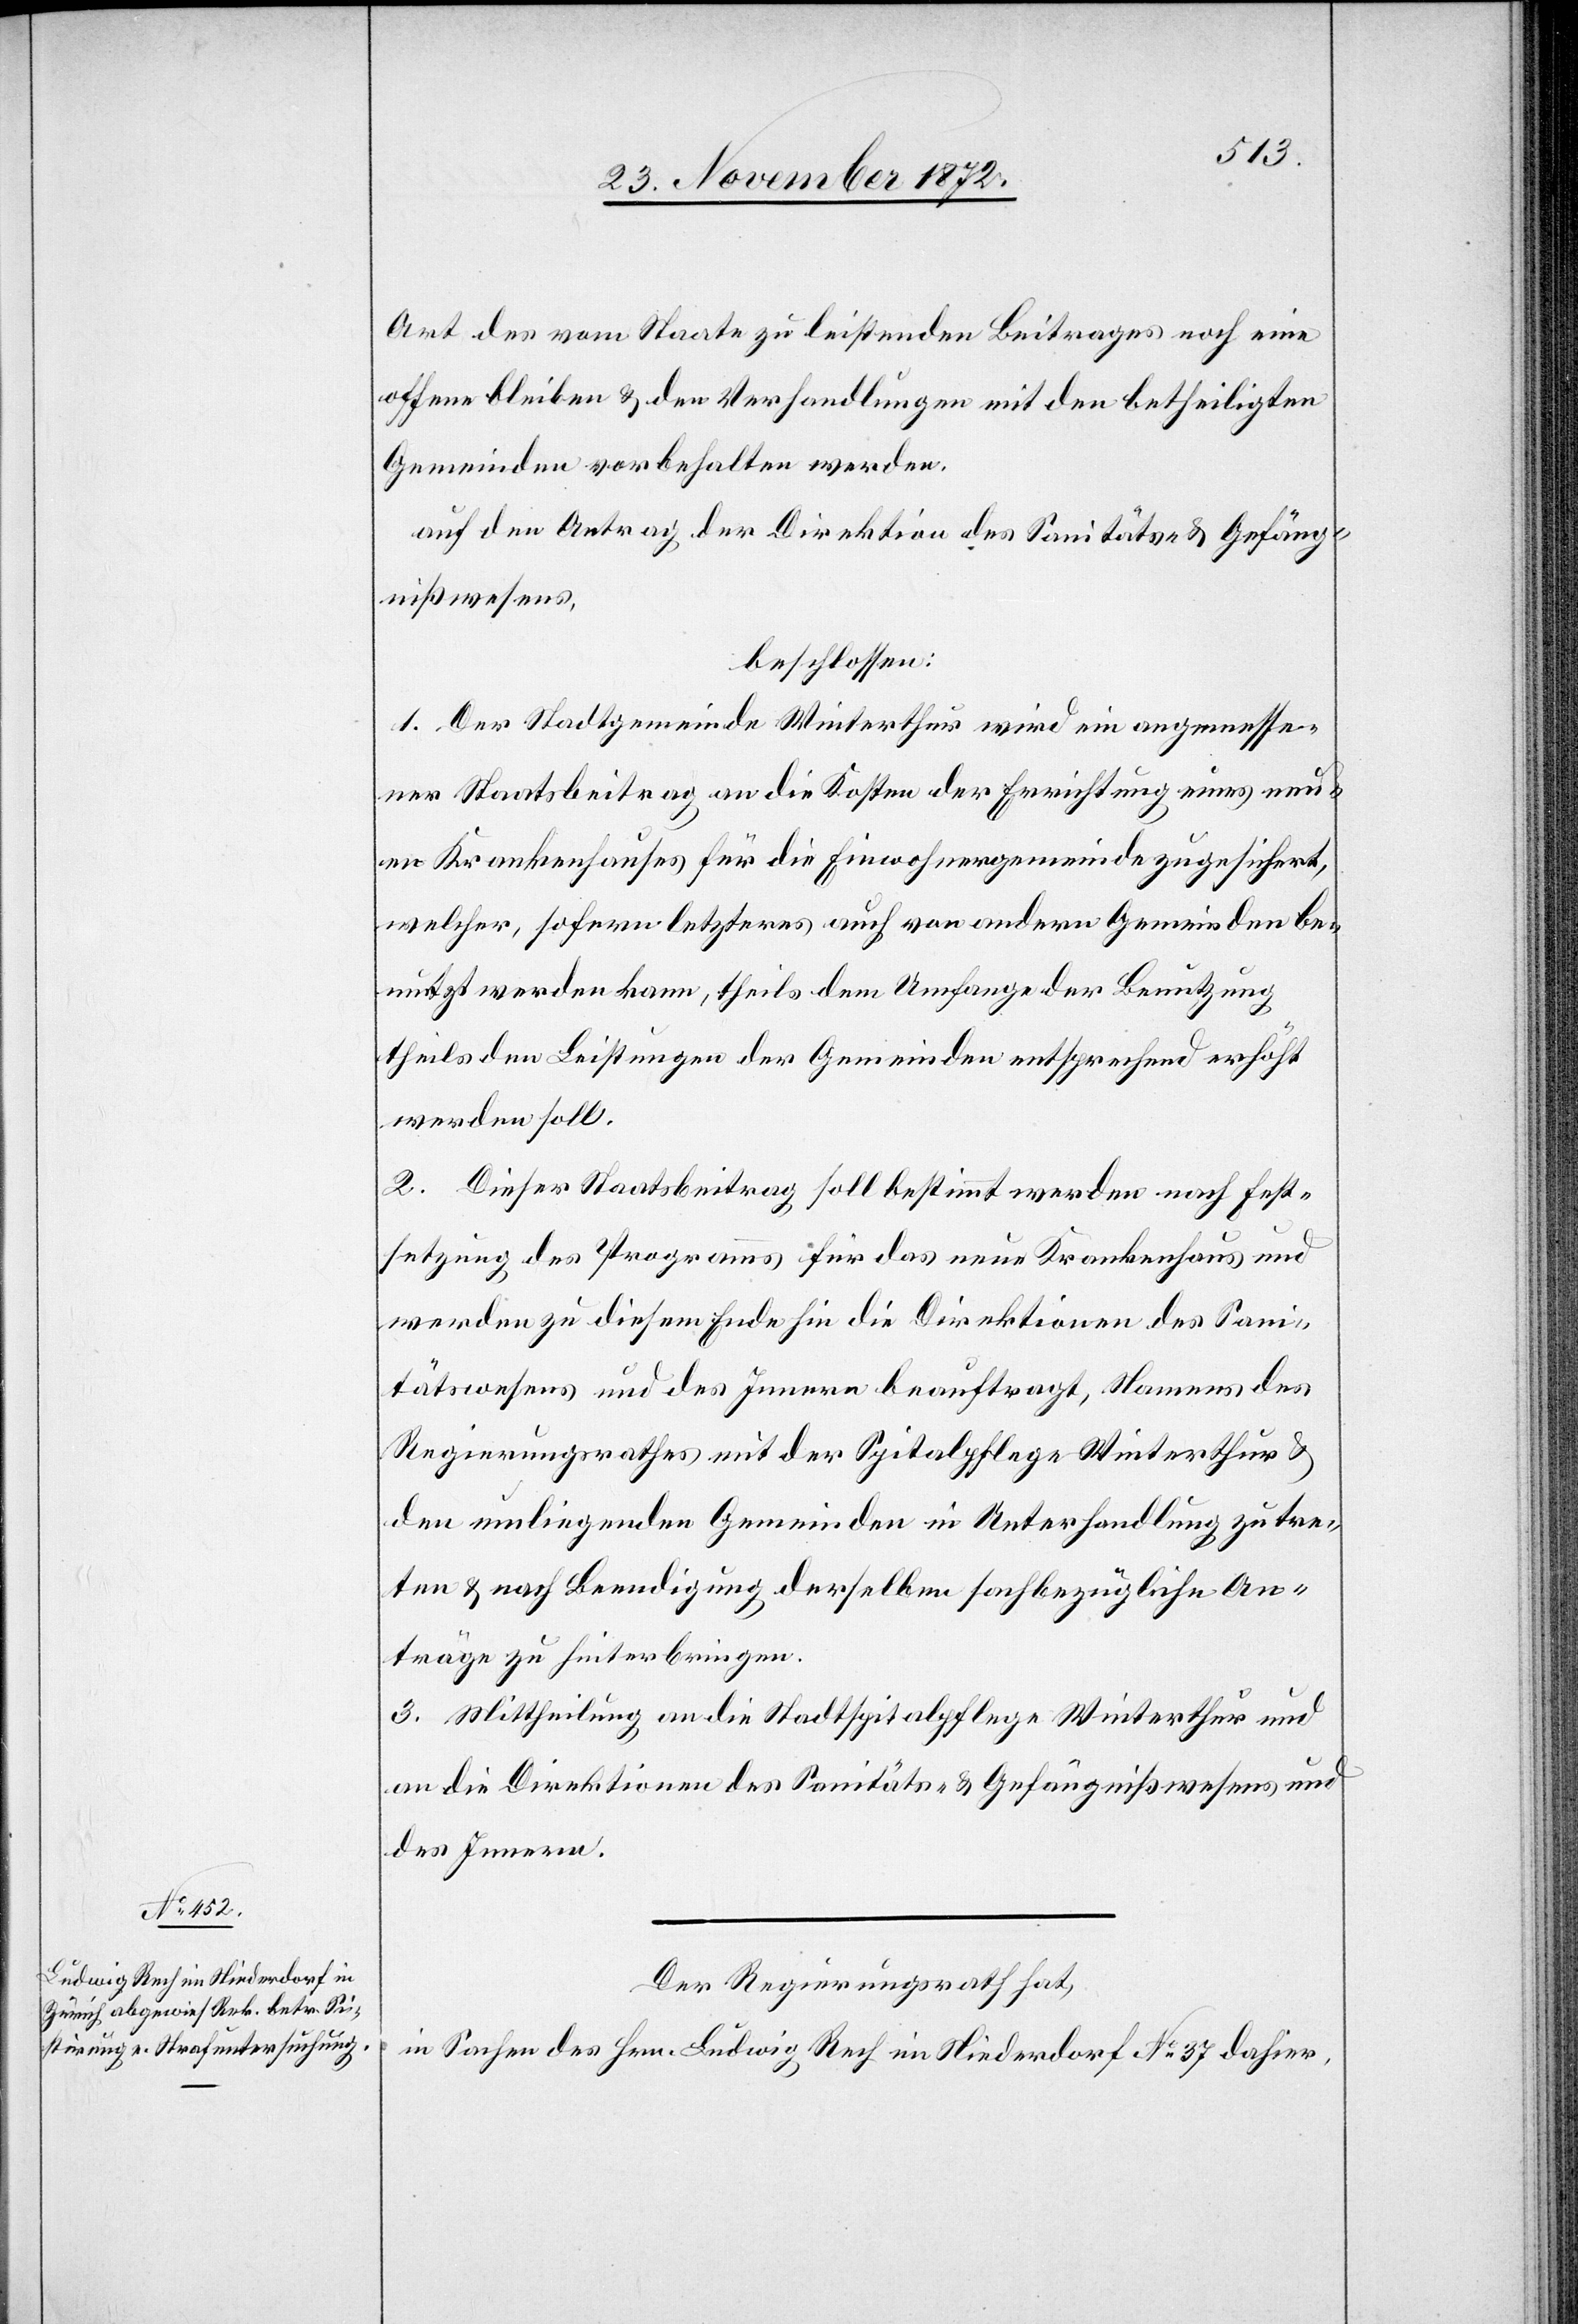
Gefäng¬
Art des vom Staate zu leistenden Beitrages noch eine
offene bleiben & den Verhandlungen mit den betheiligten
Gemeinden vorbehalten werden.
auf den Antrag der Direktion des Sanitäts- & Gefäng¬
nißwesens,
beschlossen:
1. Der Stadtgemeinde Winterthur wird ein angemesse¬
ner Staatsbeitrag an die Kosten der Errichtung eines neu¬
en Krankenhauses für die Einwohnergemeinde zugesichert,
welcher, sofern letzteres auch von andern Gemeinden be¬
nutzt werden kann, theils dem Umfange der Benutzung
theils den Leistungen der Gemeinden entsprechend erhöht
werden soll.
2. Dieser Staatsbeitrag soll bestimmt werden nach Fest¬
setzung des Programms für das neue Krankenhaus und
werden zu diesem Ende hin die Direktionen des Sani¬
nißwesens und des Innern beauftragt, Namens des
Regierungsrathes mit der Spitalpflege Winterthur &
den umliegenden Gemeinden in Unterhandlung zu tre¬
ten & nach Beendigung derselben sachbezügliche An¬
träge zu hinterbringen.
3. Mittheilung an die Stadtspitalpflege Winterthur und
an die Direktionen des Sanitäts- & Gefängnißwesens und
des Innern.
Der Regierungsrath hat,
in Sachen des Hrn. Ludwig Rech im Niederdorf No 37 dahier,